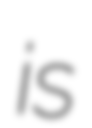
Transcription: is